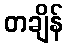
တချိန်